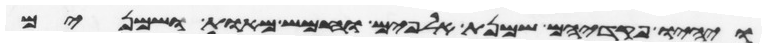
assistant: ויהיו פקדיהם שמנת אלפים וחמש מאות ושמנים